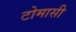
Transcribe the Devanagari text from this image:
टोमासी